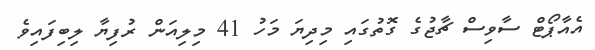
އެއާޕޯޓް ސާވިސް ޗާޖުގެ ގޮތުގައި މިދިޔަ މަހު 41 މިލިއަން ރުފިޔާ ލިބިފައިވެ